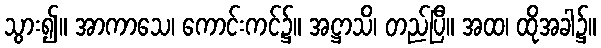
သွား၍။ အာကာသေ၊ ကောင်းကင်၌။ အဋ္ဌာသိ၊ တည်ပြီ။ အထ၊ ထိုအခါ၌။